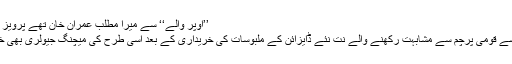
’’اوپر والے‘‘ سے میرا مطلب عمران خان تھے ٗپرویز خٹک کی وضاحت
خواتین کی جانب سے قومی پرچم سے مشابہت رکھنے والے نت نئے ڈایزائن کے ملبوسات کی خریداری کے بعد اسی طرح کی میچنگ جیولری بھی خریدی جا رہی ہے۔